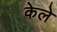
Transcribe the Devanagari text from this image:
केले